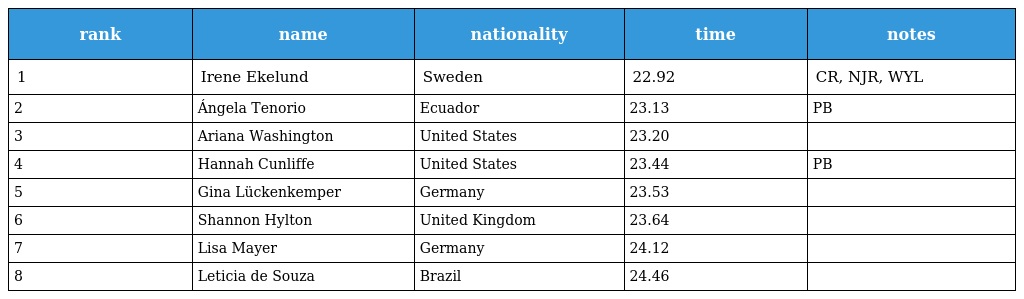
| rank | name | nationality | time | notes |
 | --- | --- | --- | --- | --- |
 | 1 | Irene Ekelund | Sweden | 22.92 | CR, NJR, WYL |
 | 2 | Ángela Tenorio | Ecuador | 23.13 | PB |
 | 3 | Ariana Washington | United States | 23.20 |  |
 | 4 | Hannah Cunliffe | United States | 23.44 | PB |
 | 5 | Gina Lückenkemper | Germany | 23.53 |  |
 | 6 | Shannon Hylton | United Kingdom | 23.64 |  |
 | 7 | Lisa Mayer | Germany | 24.12 |  |
 | 8 | Leticia de Souza | Brazil | 24.46 |  |